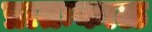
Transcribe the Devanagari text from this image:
प्रातःकाळ